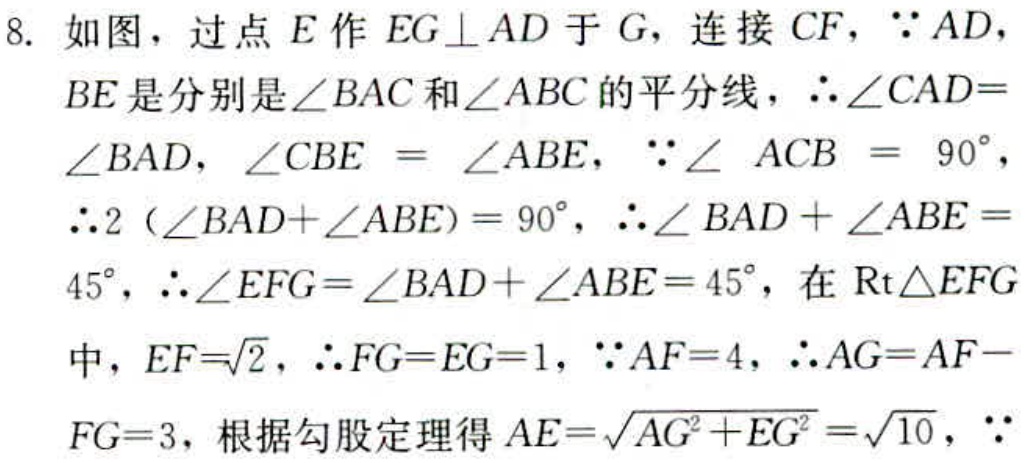
8. 如图，过点\(E\)作\(EG\perp AD\)于\(G\)，连接\(CF\)，\(\because AD\)，
\(BE\)是分别是\(\angle BAC\)和\(\angle ABC\)的平分线，\(\therefore\angle CAD = \)
\(\angle BAD\)，\(\angle CBE=\angle ABE\)，\(\because\angle ACB = 90^{\circ}\)，
\(\therefore 2(\angle BAD+\angle ABE)=90^{\circ}\)，\(\therefore\angle BAD+\angle ABE = \)
\(45^{\circ}\)，\(\therefore\angle EFG=\angle BAD+\angle ABE = 45^{\circ}\)，在\(\text{Rt}\triangle EFG\)
中，\(EF = \sqrt{2}\)，\(\therefore FG = EG = 1\)，\(\because AF = 4\)，\(\therefore AG = AF - \)
\(FG = 3\)，根据勾股定理得\(AE=\sqrt{AG^{2}+EG^{2}}=\sqrt{10}\)，\(\because\)